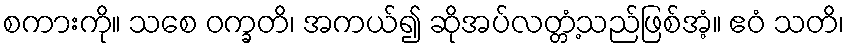
စကားကို။ သစေ ဝက္ခတိ၊ အကယ်၍ ဆိုအပ်လတ္တံ့သည်ဖြစ်အံ့။ ဧဝံ သတိ၊